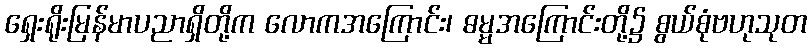
ရှေးရိုးမြန်မာပညာရှိတို့က လောကအကြောင်း၊ ဓမ္မအကြောင်းတို့၌ စွယ်စုံဗဟုသုတ